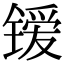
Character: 𰾭